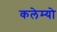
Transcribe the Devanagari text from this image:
कलेम्यो